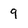
Character: 9